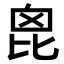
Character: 𣬉